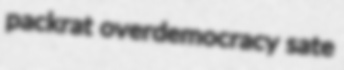
packrat overdemocracy sate